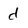
Character: d